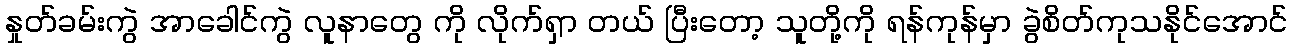
နှုတ်ခမ်းကွဲ အာခေါင်ကွဲ လူနာတွေ ကို လိုက်ရှာ တယ် ပြီးတော့ သူတို့ကို ရန်ကုန်မှာ ခွဲစိတ်ကုသနိုင်အောင်